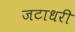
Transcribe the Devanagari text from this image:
जटाधरी